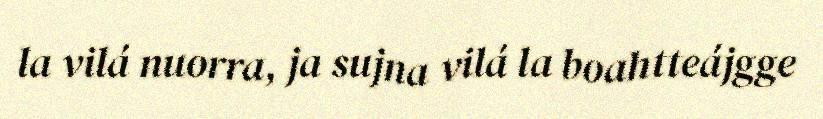
la vilá nuorra, ja sujna vilá la boahtteájgge